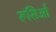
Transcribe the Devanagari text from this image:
रूसिओं